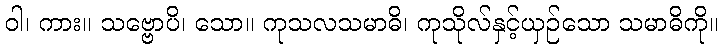
ဝါ၊ ကား။ သဗ္ဗောပိ၊ သော။ ကုသလသမာဓိ၊ ကုသိုလ်နှင့်ယှဉ်သော သမာဓိကို။